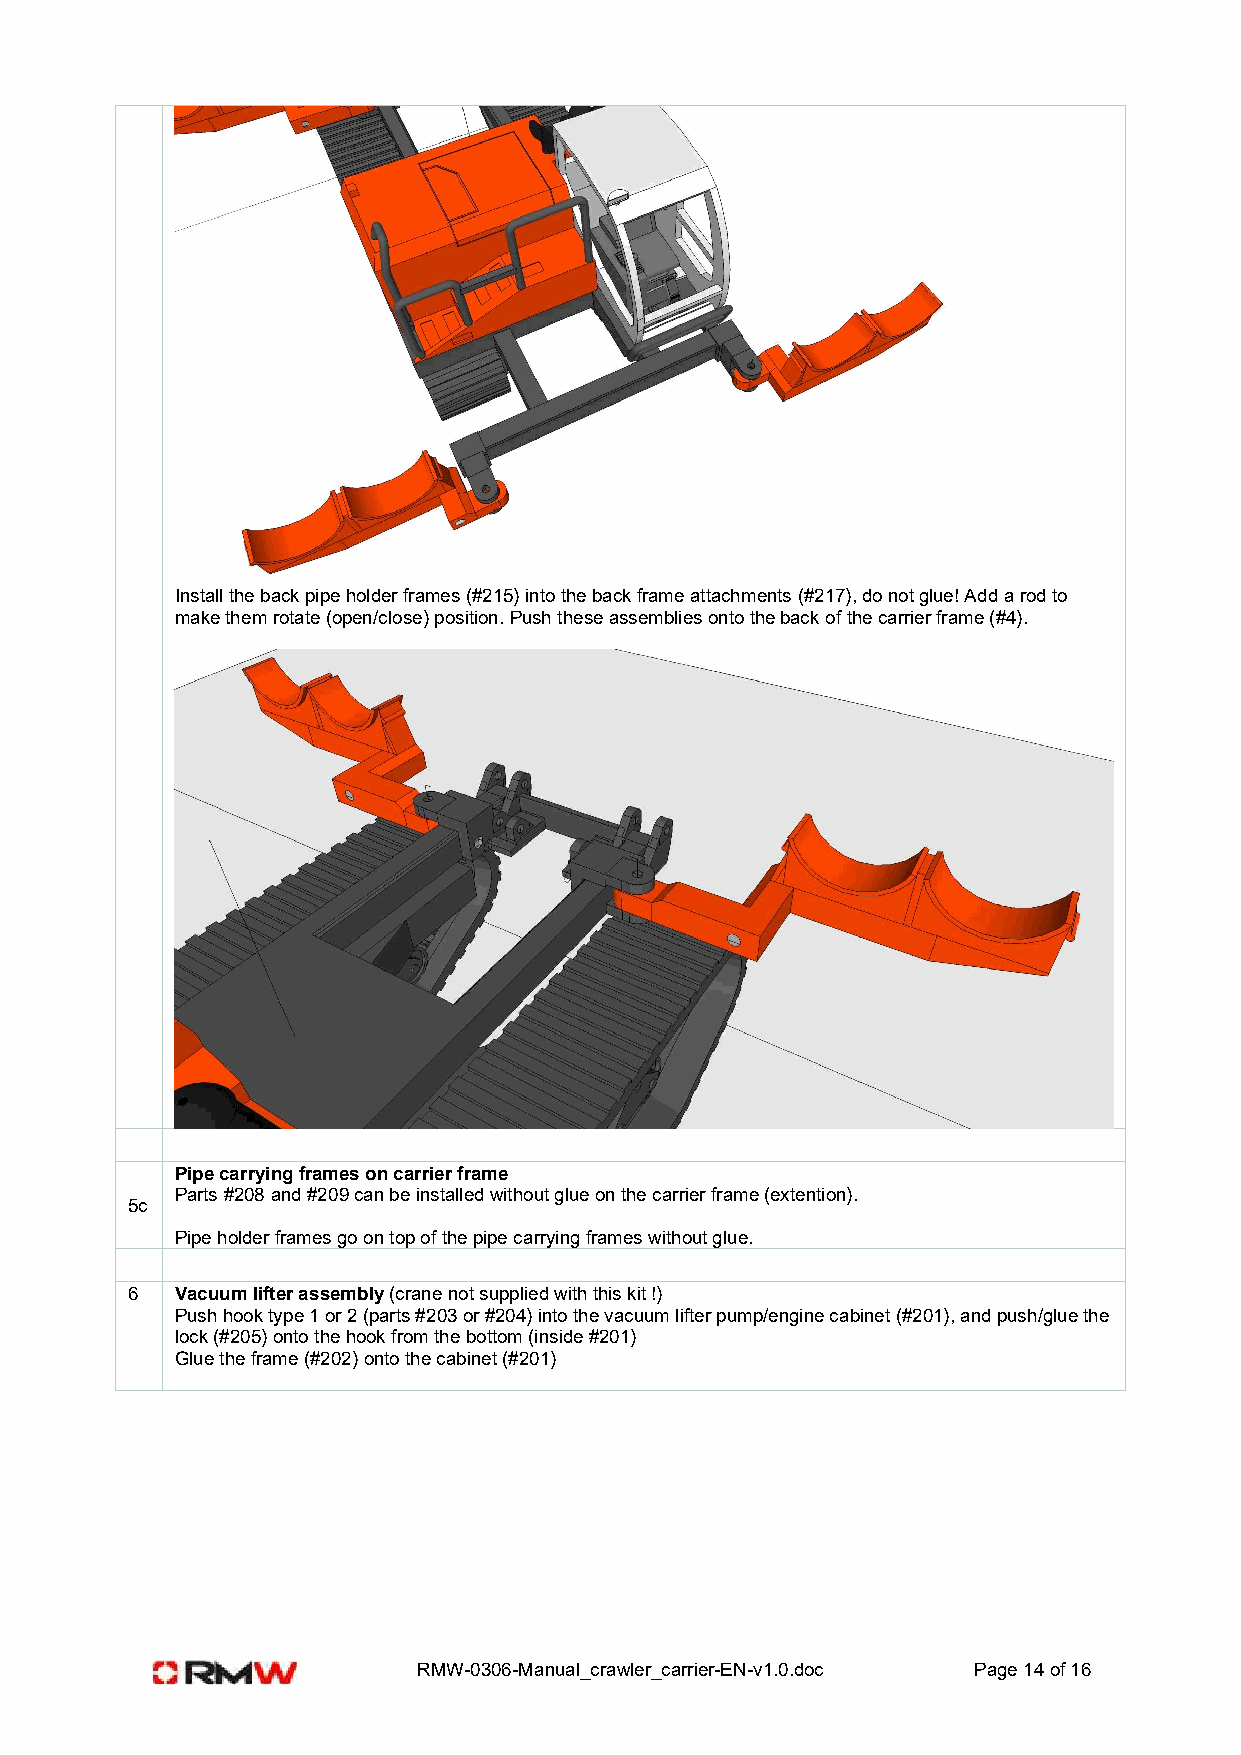
Install the back pipe holder frames (#215) into the back frame attachments (#217), do not glue! Add a rod to
 make them rotate (open/close) position. Push these assemblies onto the back of the carrier frame (#4).
 Pipe carrying frames on carrier frame
 Parts #208 and #209 can be installed without glue on the carrier frame (extention).
 5c
 Pipe holder frames go on top of the pipe carrying frames without glue.
 6   Vacuum lifter assembly (crane not supplied with this kit !)
 Push hook type 1 or 2 (parts #203 or #204) into the vacuum lifter pump/engine cabinet (#201), and push/glue the
 lock (#205) onto the hook from the bottom (inside #201)
 Glue the frame (#202) onto the cabinet (#201)
 RMW-0306-Manual_crawler_carrier-EN-v1.0.doc Page 14 of 16